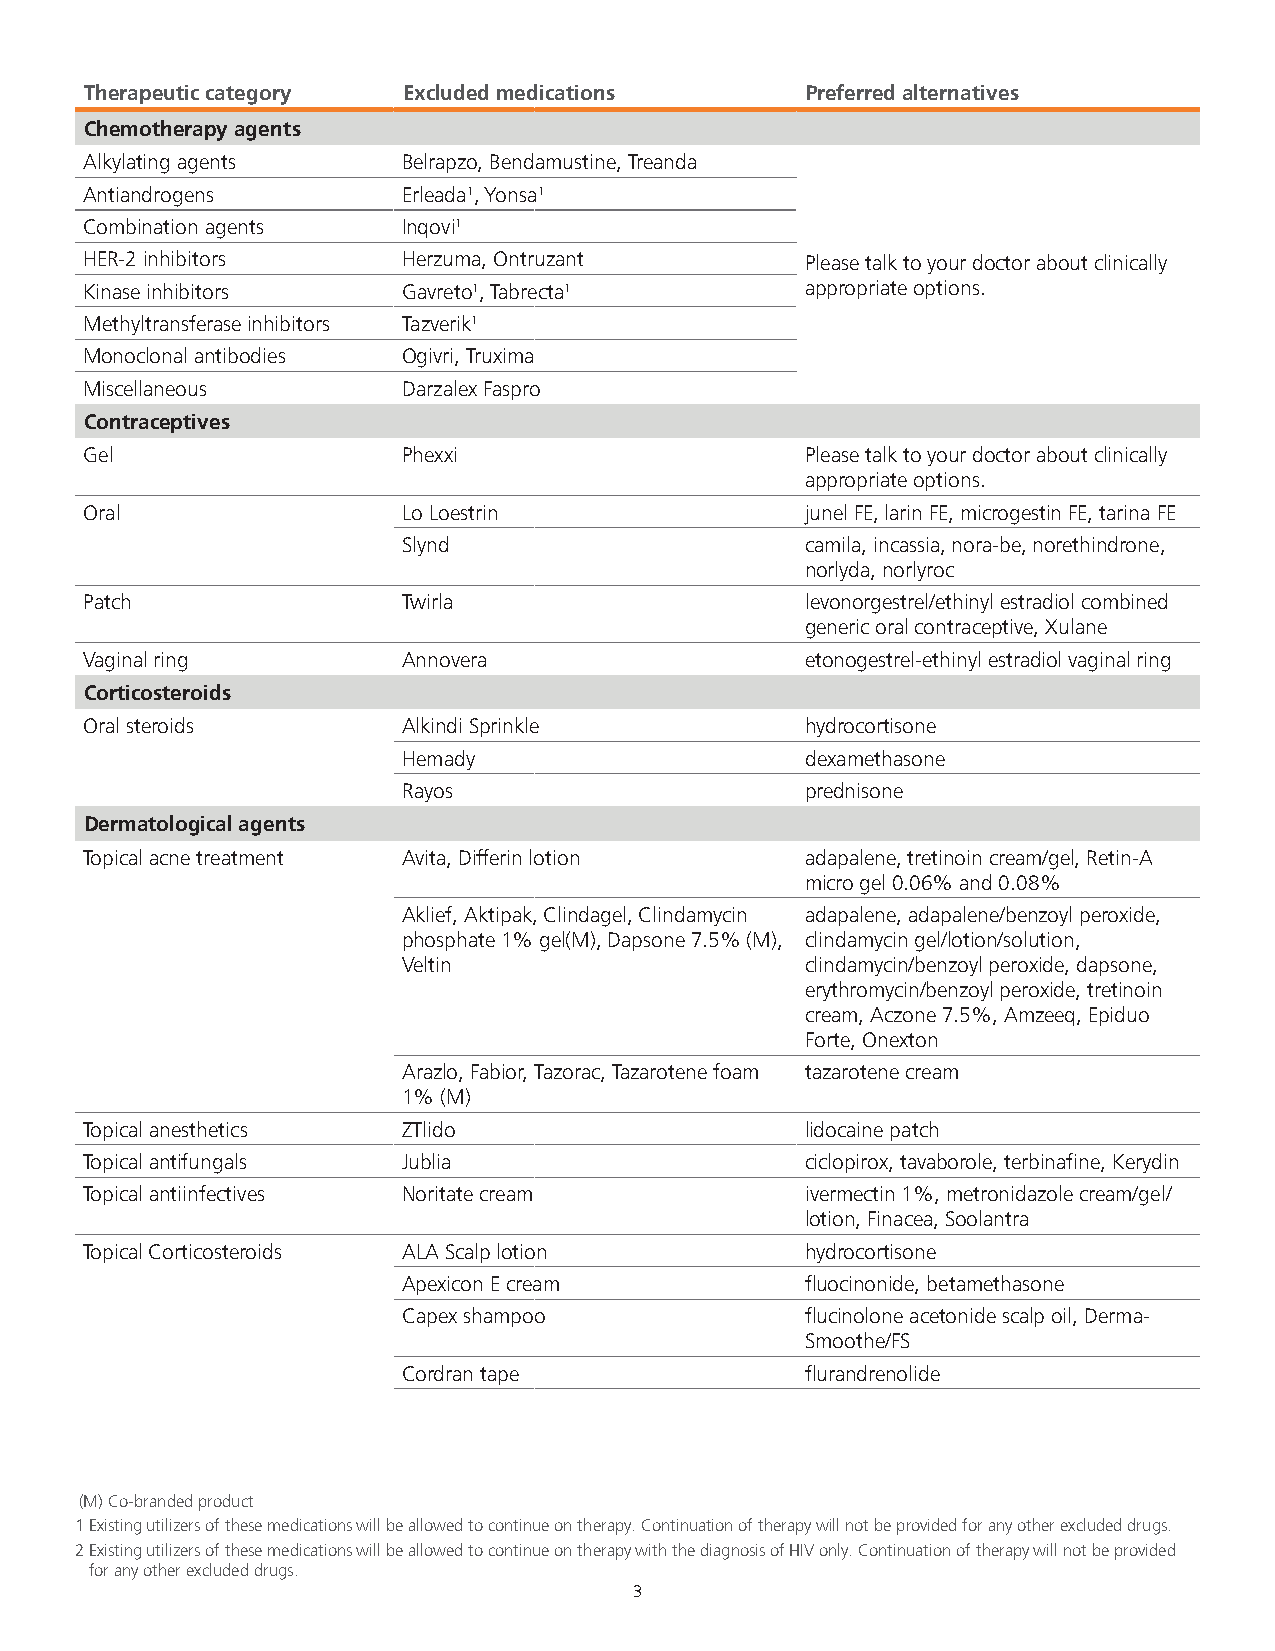
Therapeutic category Excluded medications      Preferred alternatives
 Chemotherapy agents
 Alkylating agents    Belrapzo, Bendamustine, Treanda
 Antiandrogens        Erleada1, Yonsa1
 Combination agents   Inqovi1
 HER-2 inhibitors     Herzuma, Ontruzant        Please talk to your doctor about clinically
 Kinase inhibitors    Gavreto1, Tabrecta1       appropriate options.
 Methyltransferase inhibitors Tazverik1
 Monoclonal antibodies Ogivri, Truxima
 Miscellaneous        Darzalex Faspro
 Contraceptives
 Gel                  Phexxi                    Please talk to your doctor about clinically
 appropriate options.
 Oral                 Lo Loestrin               junel FE, larin FE, microgestin FE, tarina FE
 Slynd                     camila, incassia, nora-be, norethindrone,
 norlyda, norlyroc
 Patch                Twirla                    levonorgestrel/ethinyl estradiol combined
 generic oral contraceptive, Xulane
 Vaginal ring         Annovera                  etonogestrel-ethinyl estradiol vaginal ring
 Corticosteroids
 Oral steroids        Alkindi Sprinkle          hydrocortisone
 Hemady                    dexamethasone
 Rayos                     prednisone
 Dermatological agents
 Topical acne treatment Avita, Differin lotion  adapalene, tretinoin cream/gel, Retin-A
 micro gel 0.06% and 0.08%
 Aklief, Aktipak, Clindagel, Clindamycin adapalene, adapalene/benzoyl peroxide,
 phosphate 1% gel(M), Dapsone 7.5% (M), clindamycin gel/lotion/solution,
 Veltin                    clindamycin/benzoyl peroxide, dapsone,
 erythromycin/benzoyl peroxide, tretinoin
 cream, Aczone 7.5%, Amzeeq, Epiduo
 Forte, Onexton
 Arazlo, Fabior, Tazorac, Tazarotene foam tazarotene cream
 1% (M)
 Topical anesthetics  ZTlido                    lidocaine patch
 Topical antifungals  Jublia                    ciclopirox, tavaborole, terbinafine, Kerydin
 Topical antiinfectives Noritate cream          ivermectin 1%, metronidazole cream/gel/
 lotion, Finacea, Soolantra
 Topical Corticosteroids ALA Scalp lotion       hydrocortisone
 Apexicon E cream          fluocinonide, betamethasone
 Capex shampoo             flucinolone acetonide scalp oil, Derma-
 Smoothe/FS
 Cordran tape              flurandrenolide
 (M) Co-branded product
 1 Existing utilizers of these medications will be allowed to continue on therapy. Continuation of therapy will not be provided for any other excluded drugs.
 2 Existing utilizers of these medications will be allowed to continue on therapy with the diagnosis of HIV only. Continuation of therapy will not be provided
 for any other excluded drugs.
 3